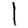
Digit: 1